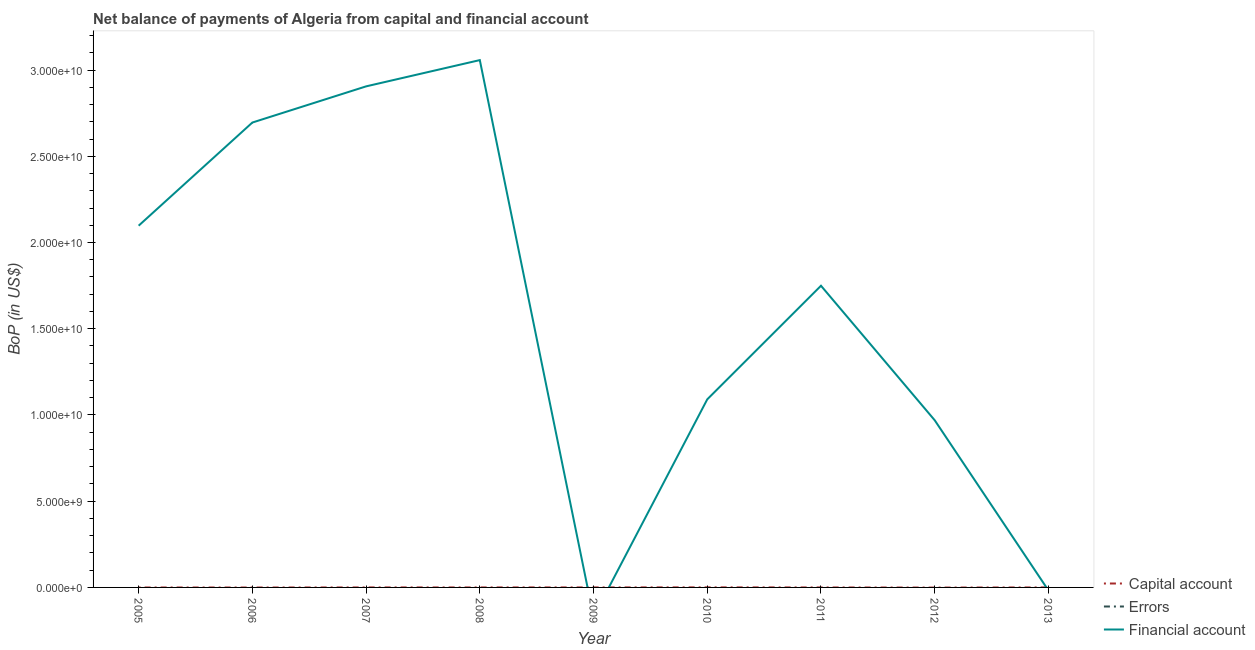
| Year | Capital account | Errors | Financial account |
 | --- | --- | --- | --- |
 | 2005 | -3e+06 | -2.03e+08 | 2.1e+10 |
 | 2006 | -5e+06 | -1.96e+09 | 2.7e+10 |
 | 2007 | -1.88e+05 | -1.3e+09 | 2.91e+10 |
 | 2008 | -2.09e+05 | -3.38e+09 | 3.06e+10 |
 | 2009 | -6.03e+04 | -2.13e+09 | -1.7e+09 |
 | 2010 | 3.82e+06 | -1.41e+09 | 1.09e+10 |
 | 2011 | -1.3e+06 | -1.87e+08 | 1.75e+10 |
 | 2012 | -8.87e+06 | -2.59e+09 | 9.69e+09 |
 | 2013 | 2.24e+05 | -1.04e+09 | -1.74e+08 |